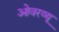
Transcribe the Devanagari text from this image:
ओवरव्यू